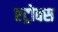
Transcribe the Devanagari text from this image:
एट्रोक्स